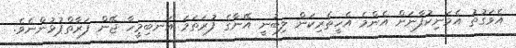
އެވަގުތު އެމަނިކުފާނަށް އެންމެ އެހީތެރިކަން ލިބުނީ އޭނާގެ ފުރަތަމަ އަނބިމީހާ ޖޭން ފަރާތްޕުޅުންނެވެ.